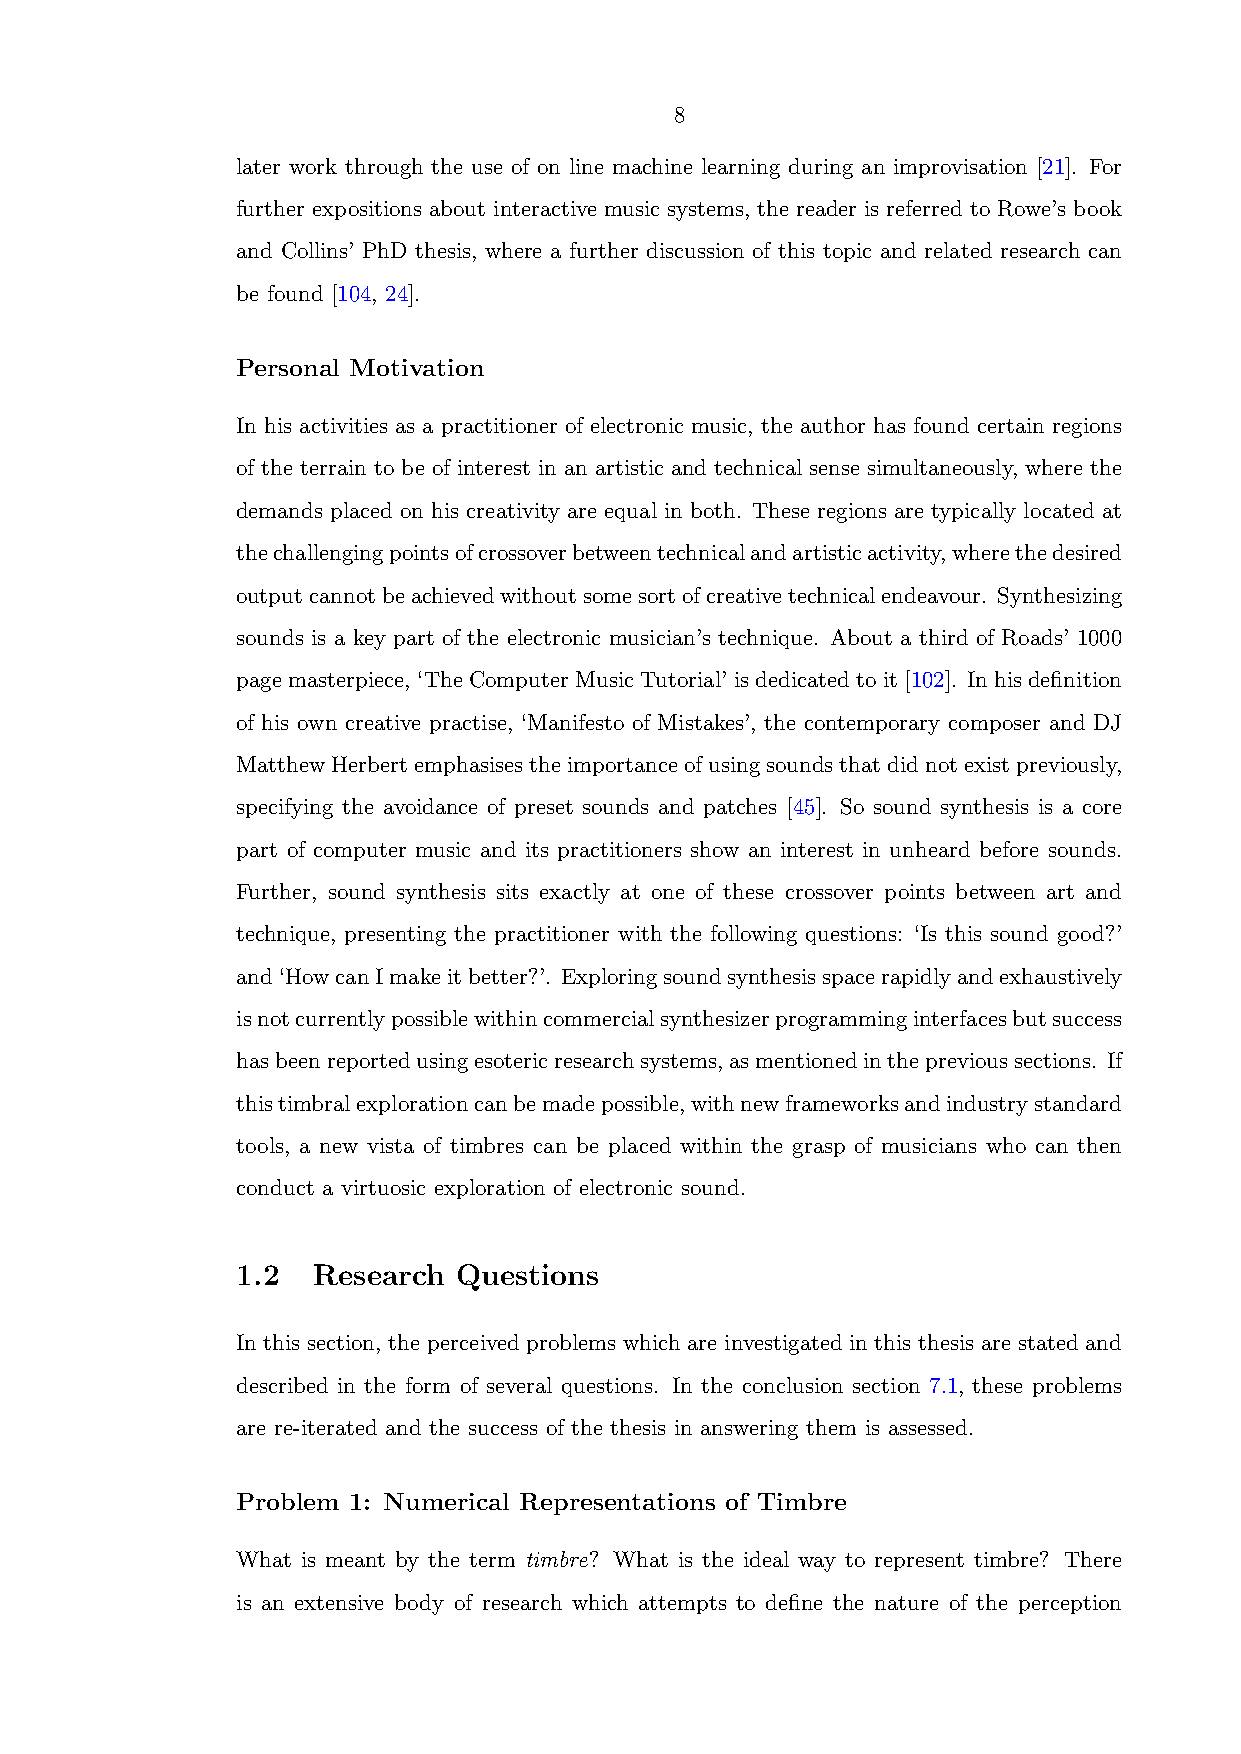
8
 later work through the use of on line machine learning during an improvisation [21]. For
 further expositions about interactive music systems, the reader is referred to Rowe’s book
 and Collins’ PhD thesis, where a further discussion of this topic and related research can
 be found [104, 24].
 Personal Motivation
 In his activities as a practitioner of electronic music, the author has found certain regions
 of the terrain to be of interest in an artistic and technical sense simultaneously, where the
 demands placed on his creativity are equal in both. These regions are typically located at
 thechallengingpointsofcrossoverbetweentechnicalandartisticactivity,wherethedesired
 outputcannotbeachievedwithoutsomesortofcreativetechnicalendeavour. Synthesizing
 sounds is a key part of the electronic musician’s technique. About a third of Roads’ 1000
 page masterpiece, ‘The Computer Music Tutorial’ is dedicated to it [102]. In his definition
 of his own creative practise, ‘Manifesto of Mistakes’, the contemporary composer and DJ
 MatthewHerbertemphasisestheimportanceofusingsoundsthatdidnotexistpreviously,
 specifying the avoidance of preset sounds and patches [45]. So sound synthesis is a core
 part of computer music and its practitioners show an interest in unheard before sounds.
 Further, sound synthesis sits exactly at one of these crossover points between art and
 technique, presenting the practitioner with the following questions: ‘Is this sound good?’
 and‘HowcanImakeitbetter?’. Exploringsoundsynthesisspacerapidlyandexhaustively
 isnotcurrentlypossiblewithincommercialsynthesizerprogramminginterfacesbutsuccess
 hasbeenreportedusingesotericresearchsystems,asmentionedintheprevioussections. If
 thistimbralexplorationcanbemadepossible,withnewframeworksandindustrystandard
 tools, a new vista of timbres can be placed within the grasp of musicians who can then
 conduct a virtuosic exploration of electronic sound.
 1.2  Research Questions
 In this section, the perceived problems which are investigated in this thesis are stated and
 described in the form of several questions. In the conclusion section 7.1, these problems
 are re-iterated and the success of the thesis in answering them is assessed.
 Problem 1: Numerical Representations of Timbre
 What is meant by the term timbre? What is the ideal way to represent timbre? There
 is an extensive body of research which attempts to define the nature of the perception